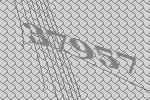
37957